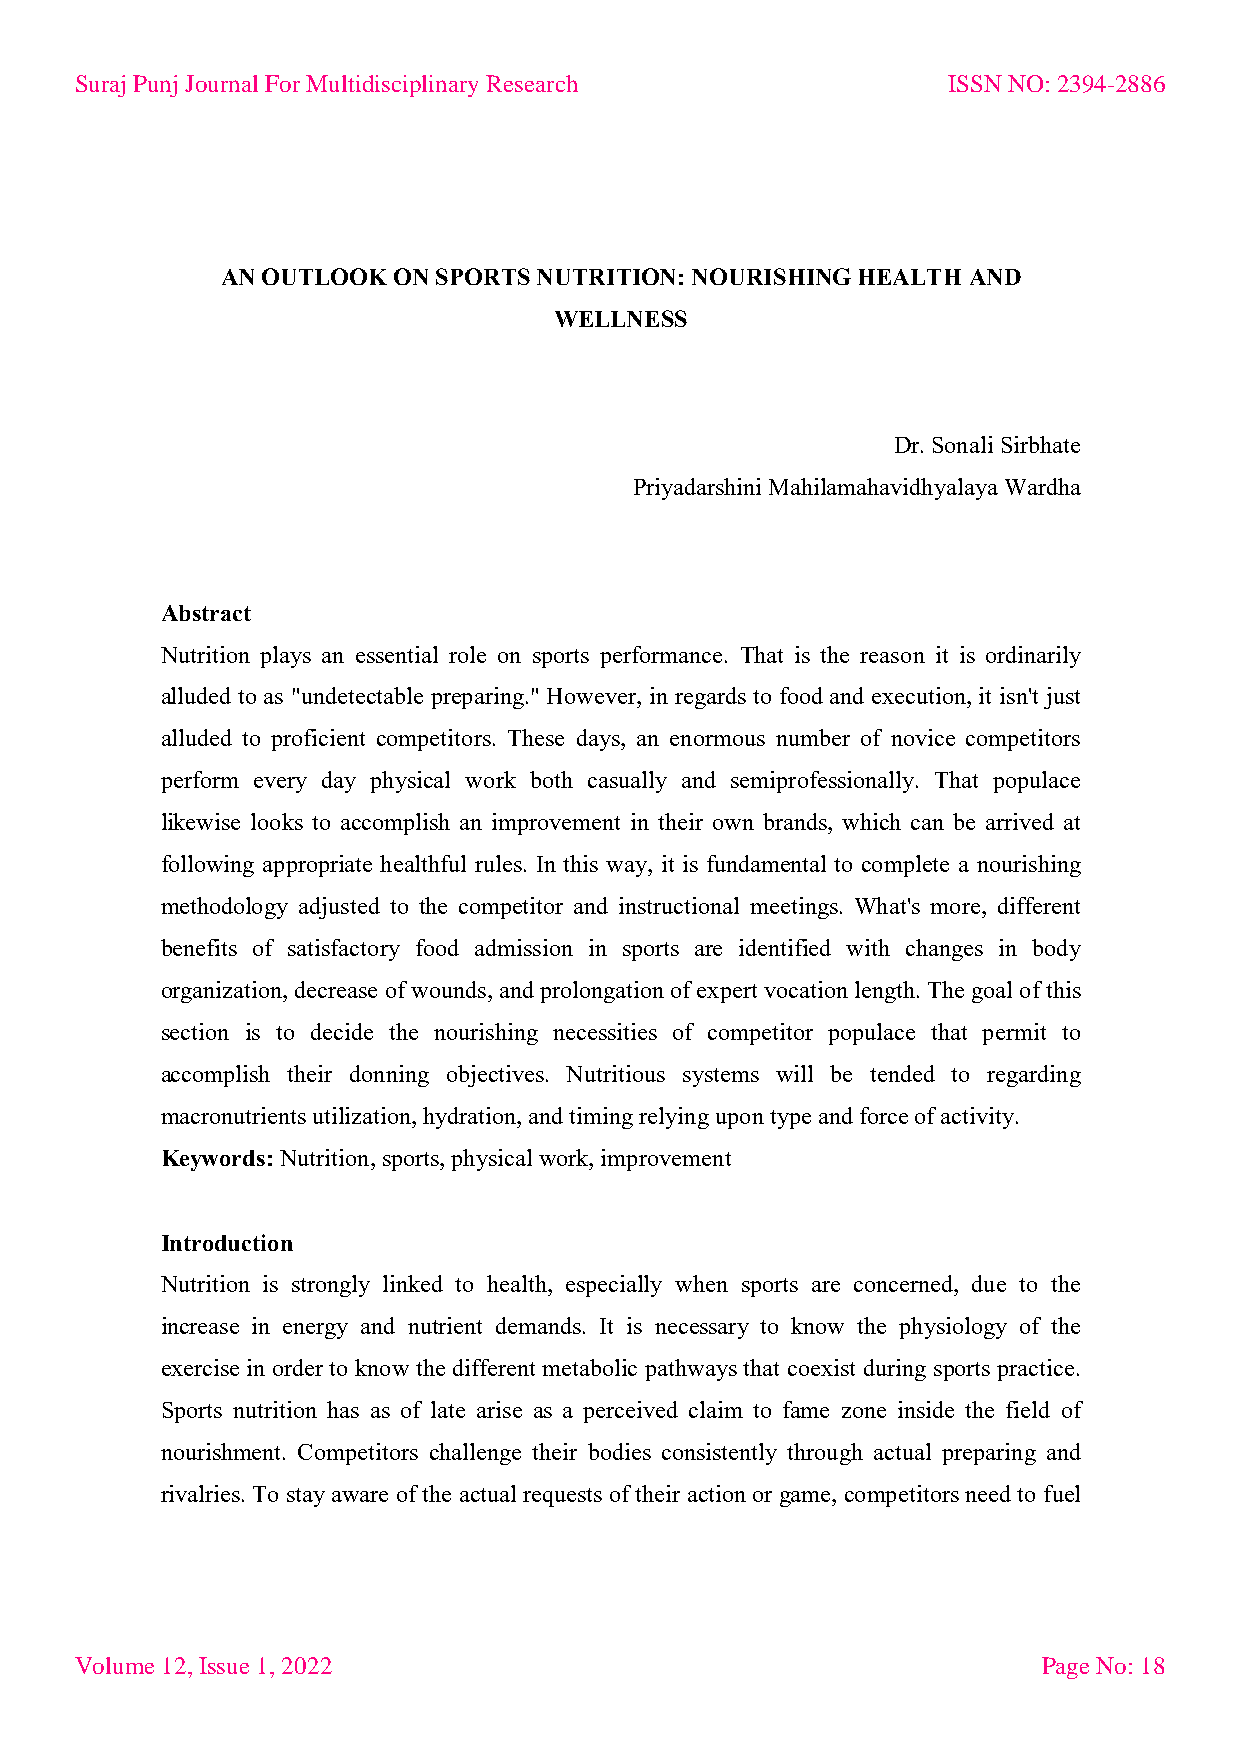
Suraj Punj Journal For Multidisciplinary Research         ISSN NO: 2394-2886
 AN OUTLOOK ON SPORTS NUTRITION: NOURISHING HEALTH AND
 WELLNESS
 Dr. Sonali Sirbhate
 Priyadarshini Mahilamahavidhyalaya Wardha
 Abstract
 Nutrition plays an essential role on sports performance. That is the reason it is ordinarily
 alluded to as "undetectable preparing." However, in regards to food and execution, it isn't just
 alluded to proficient competitors. These days, an enormous number of novice competitors
 perform every day physical work both casually and semiprofessionally. That populace
 likewise looks to accomplish an improvement in their own brands, which can be arrived at
 following appropriate healthful rules. In this way, it is fundamental to complete a nourishing
 methodology adjusted to the competitor and instructional meetings. What's more, different
 benefits of satisfactory food admission in sports are identified with changes in body
 organization, decrease of wounds, and prolongation of expert vocation length. The goal of this
 section is to decide the nourishing necessities of competitor populace that permit to
 accomplish their donning objectives. Nutritious systems will be tended to regarding
 macronutrients utilization, hydration, and timing relying upon type and force of activity.
 Keywords: Nutrition, sports, physical work, improvement
 Introduction
 Nutrition is strongly linked to health, especially when sports are concerned, due to the
 increase in energy and nutrient demands. It is necessary to know the physiology of the
 exercise in order to know the different metabolic pathways that coexist during sports practice.
 Sports nutrition has as of late arise as a perceived claim to fame zone inside the field of
 nourishment. Competitors challenge their bodies consistently through actual preparing and
 rivalries. To stay aware of the actual requests of their action or game, competitors need to fuel
 Volume 12, Issue 1, 2022                                        Page No: 18